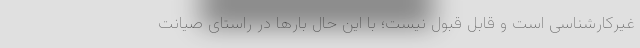
غیرکارشناسی است و قابل قبول نیست؛ با این حال بارها در راستای صیانت